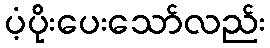
ပံ့ပိုးပေးသော်လည်း